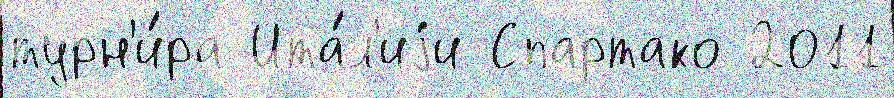
турн'и́ра Ита́л'иjи Спартако 2011